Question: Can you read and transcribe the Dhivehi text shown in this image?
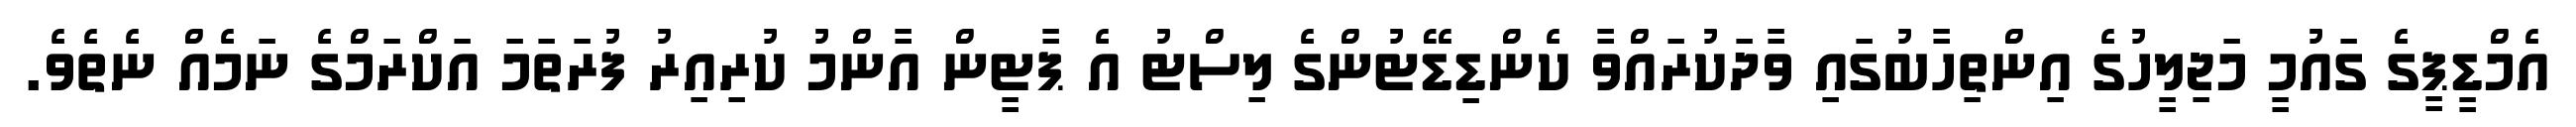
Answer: އެމްޑީޕީގެ ގައުމީ މަޖިލީހުގެ އިންތިހާބުގައި ވާދަކުރައްވާ ކެންޑިޑޭޓުންގެ ލިސްޓު އެ ޕާޓީން އާންމު ކުރިއިރު ފުރަތަމަ އަކްރަމްގެ ނަމެއް ނެތެވެ.